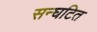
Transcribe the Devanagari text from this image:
सन्घटित